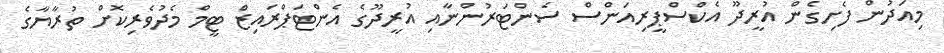
މިއަދުން ފެށިގެން އުރީދޫ އެކްސްޕީރިއަންސް ސެންޓަރުންނާއި އުރީދޫގެ އެންޓަޕްރައިޒް ޓީމް މެދުވެރިކޮށް ތުރާޔާގެ